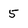
Character: 5